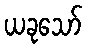
ယခုသော်